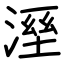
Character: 溼